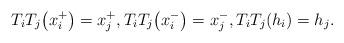
LaTeX: \begin{gather*}T_i T_j \big(x_i^+\big) = x_j^+,T_i T_j \big(x_i^-\big) = x_j^-,T_i T_j (h_i) = h_j.\end{gather*}